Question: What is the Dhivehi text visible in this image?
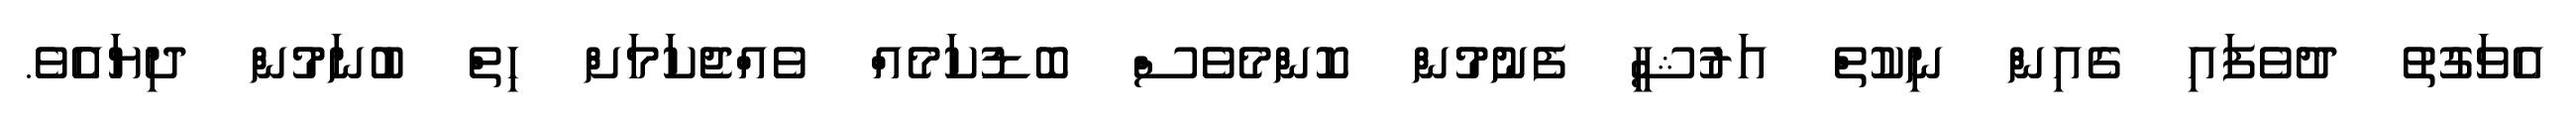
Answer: އެވަގުތު ދުވެފައި ގެއިން ނިކުތް އަރުޝީ ފެނުމުން ކޮންމެވެސް ބޮޑުކަމެއް ވެއްޖެކަމަށް ހިތް ބުނަމުން ދިޔައެެވެ.